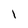
Character: l